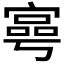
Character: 𡪑